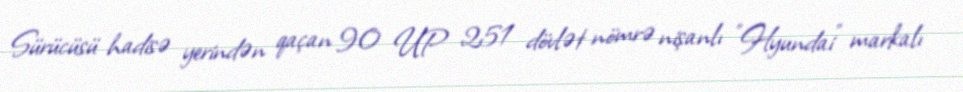
Sürücüsü hadisə yerindən qaçan 90 UP 251 dövlət nömrə nişanlı "Hyundai" markalı